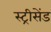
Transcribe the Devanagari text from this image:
स्ट्रीसेंड